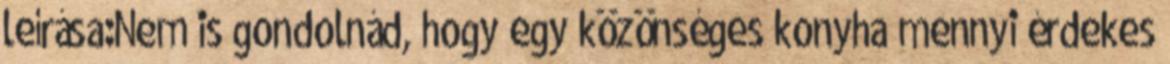
leírása:Nem is gondolnád, hogy egy közönséges konyha mennyi érdekes